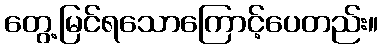
တွေ့မြင်ရသောကြောင့်ပေတည်း။